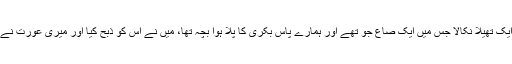
اس نے ایک تھیلا نکالا جس میں ایک صاع جَو تھے اور ہمارے پاس بکری کا پلا ہوا بچہ تھا، میں نے اس کو ذبح کیا اور میری عورت نے آٹا پیسا۔